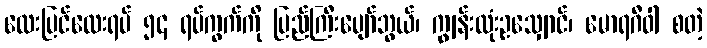
လေးပြင်လေးရပ် ၅၄ ရပ်ကွက်ကို ပြည်ကြီးပျော်ဘွယ်၊ ကျွန်းလုံးဥသျှောင်၊ မောရဂီဝါ စတဲ့